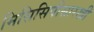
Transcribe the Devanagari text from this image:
मिसिसिपीसारखी